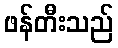
ဖန်တီးသည်